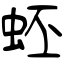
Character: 蚽